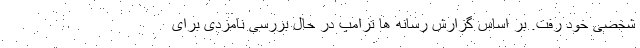
شخصی خود رفت. بر اساس گزارش رسانه ها ترامپ در حال بررسی نامزدی برای